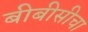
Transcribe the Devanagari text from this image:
बीबीसीचा